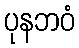
ပုနဘဝံ